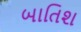
બાતિશ